画像に写った文字を読んでください
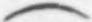
「(」と書いてあります